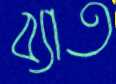
ব্যাত